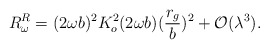
\begin{align*}R^R_\omega=(2\omega b)^2 K^2_o(2\omega b)(\frac{r_g}{b})^2+{\cal O}(\lambda^3).\end{align*}